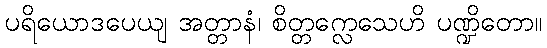
ပရိယောဒပေယျ အတ္တာနံ၊ စိတ္တက္လေသေဟိ ပဏ္ဍိတော။